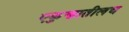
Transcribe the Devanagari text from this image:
एकुणातीलच